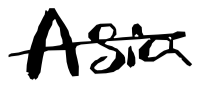
Text: Asia
Cross-out: single-line
Writing tool: digital_black